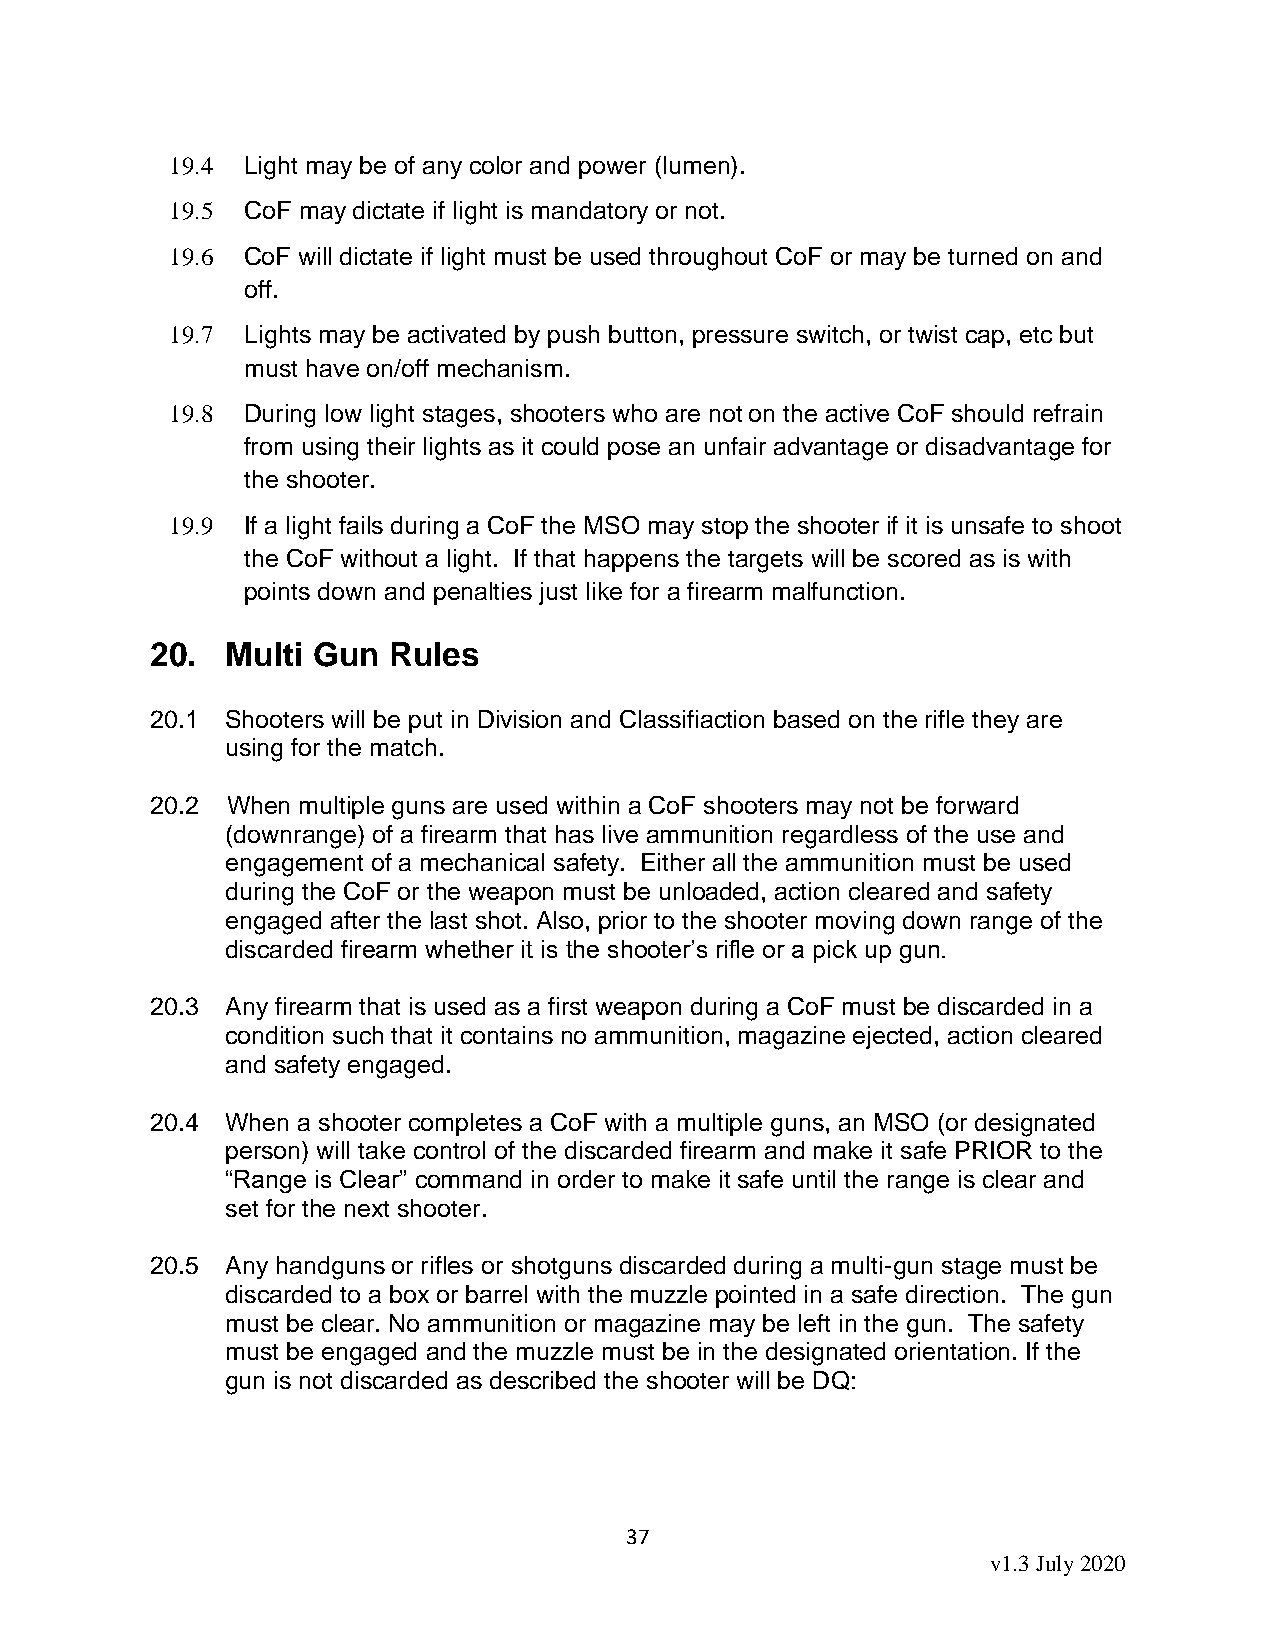
19.4 Light may be of any color and power (lumen).
 19.5 CoF may dictate if light is mandatory or not.
 19.6 CoF will dictate if light must be used throughout CoF or may be turned on and
 off.
 19.7 Lights may be activated by push button, pressure switch, or twist cap, etc but
 must have on/off mechanism.
 19.8 During low light stages, shooters who are not on the active CoF should refrain
 from using their lights as it could pose an unfair advantage or disadvantage for
 the shooter.
 19.9 If a light fails during a CoF the MSO may stop the shooter if it is unsafe to shoot
 the CoF without a light. If that happens the targets will be scored as is with
 points down and penalties just like for a firearm malfunction.
 20.  Multi Gun  Rules
 20.1 Shooters will be put in Division and Classifiaction based on the rifle they are
 using for the match.
 20.2 When multiple guns are used within a CoF shooters may not be forward
 (downrange) of a firearm that has live ammunition regardless of the use and
 engagement of a mechanical safety. Either all the ammunition must be used
 during the CoF or the weapon must be unloaded, action cleared and safety
 engaged after the last shot. Also, prior to the shooter moving down range of the
 discarded firearm whether it is the shooter’s rifle or a pick up gun.
 20.3 Any firearm that is used as a first weapon during a CoF must be discarded in a
 condition such that it contains no ammunition, magazine ejected, action cleared
 and safety engaged.
 20.4 When a shooter completes a CoF with a multiple guns, an MSO (or designated
 person) will take control of the discarded firearm and make it safe PRIOR to the
 “Range is Clear” command in order to make it safe until the range is clear and
 set for the next shooter.
 20.5 Any handguns or rifles or shotguns discarded during a multi-gun stage must be
 discarded to a box or barrel with the muzzle pointed in a safe direction. The gun
 must be clear. No ammunition or magazine may be left in the gun. The safety
 must be engaged and the muzzle must be in the designated orientation. If the
 gun is not discarded as described the shooter will be DQ:
 37
 v1.3 July 2020